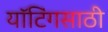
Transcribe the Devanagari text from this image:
यॉटिंगसाठी